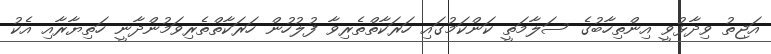
އަޖިތު ވިދާޅުވީ އިންތިހާބުގެ ސަލާމަތީ ކަންކަމުގައި ހަރަކާތްތެރިވާ ފުލުހުން ހަަރަކާތްތެރިވަމުންދާނީ ހަތިޔާރާއި އެކު